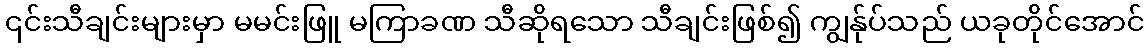
၎င်းသီချင်းများမှာ မမင်းဖြူ မကြာခဏ သီဆိုရသော သီချင်းဖြစ်၍ ကျွန်ုပ်သည် ယခုတိုင်အောင်